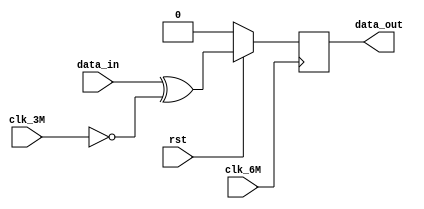




module manchesite(
			input 			clk_3M,       //3Mhz
			input          clk_6M,       //6Mhz
			input 			data_in,      //
			input 			rst,          //
			output reg	   data_out      //
);

	always @(posedge clk_6M)begin
		if(rst==1'b0) begin
			data_out<=1'b0;
		end else  begin
			data_out<=data_in^(~clk_3M);
		end
	end


endmodule